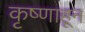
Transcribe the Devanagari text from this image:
कृष्णाहून